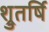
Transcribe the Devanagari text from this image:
श्रुतर्षि